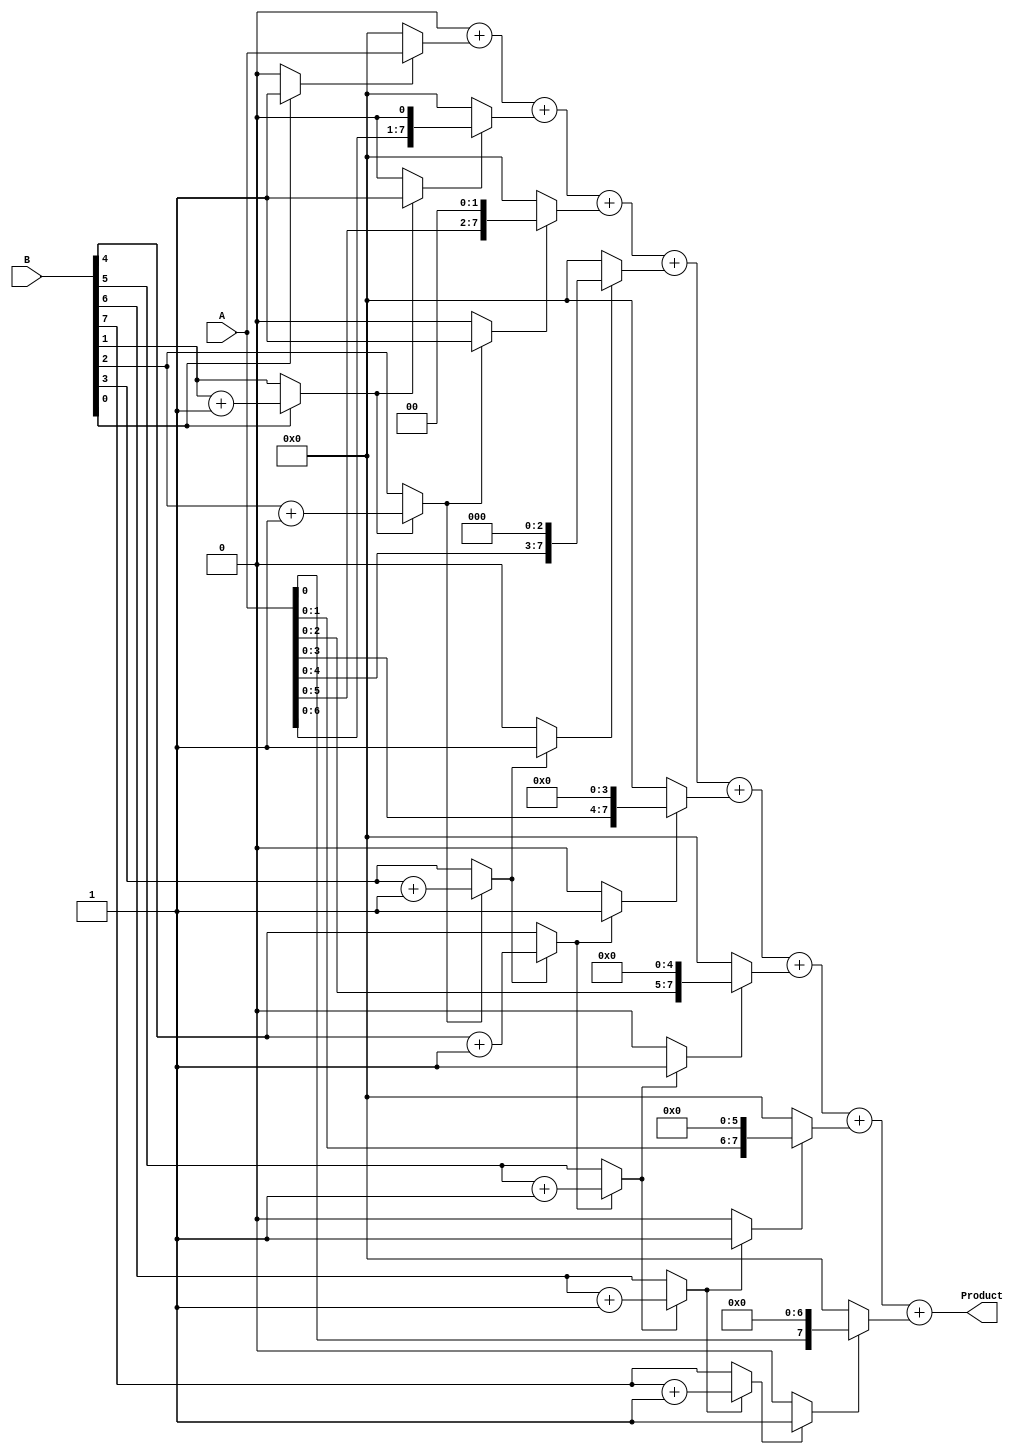
module csd_multiplier #(parameter WIDTH = 8) (
    input signed [WIDTH-1:0] A, 
    input signed [WIDTH-1:0] B, 
    output reg signed [2*WIDTH-1:0] Product
);

    // Intermediate variables for CSD representation
    reg [WIDTH-1:0] csd_A, csd_B;
    reg [WIDTH-1:0] partial_products[0:WIDTH-1]; // Array to hold partial products
    integer i;

    // Function to convert binary to CSD
    function [WIDTH-1:0] binary_to_csd(input signed [WIDTH-1:0] bin);
        integer j;
        reg [WIDTH:0] temp; // Temp variable for intermediate calculation
        begin
            temp = bin;
            binary_to_csd = 0;
            for (j = 0; j < WIDTH; j = j + 1) begin
                if (temp[j] == 1) begin
                    binary_to_csd[j] = 1; // CSD digit 1
                    temp[j+1] = temp[j+1] + 1; // Carry to next bit
                end else if (temp[j] == 0) begin
                    binary_to_csd[j] = 0; // CSD digit 0
                end else begin
                    binary_to_csd[j] = -1; // CSD digit -1
                    temp[j+1] = temp[j+1] - 1; // Borrow from next bit
                end
            end
        end
    endfunction

    // CSD conversion
    always @(*) begin
        csd_A = binary_to_csd(A);
        csd_B = binary_to_csd(B);
    end

    // Partial product generation
    always @(*) begin
        Product = 0; // Initialize product
        for (i = 0; i < WIDTH; i = i + 1) begin
            if (csd_B[i] == 1) begin
                partial_products[i] = A << i; // Shift A left by i
            end else if (csd_B[i] == -1) begin
                partial_products[i] = -A << i; // Shift A left by i and negate
            end else begin
                partial_products[i] = 0; // CSD digit 0
            end
        end

        // Accumulate partial products
        for (i = 0; i < WIDTH; i = i + 1) begin
            Product = Product + partial_products[i];
        end
    end

endmodule